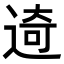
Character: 𨓾